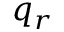
q _ { r }